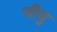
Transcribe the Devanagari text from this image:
जीयु